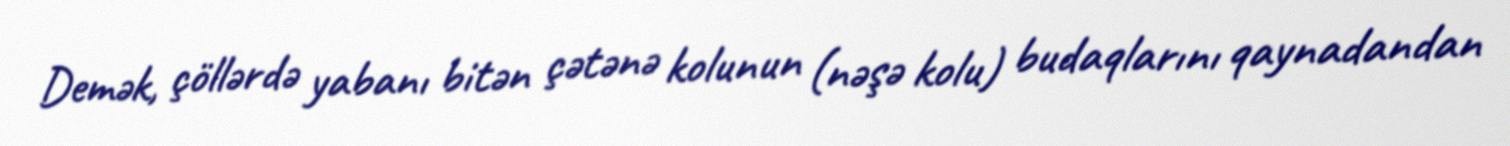
Demək, çöllərdə yabanı bitən çətənə kolunun (nəşə kolu) budaqlarını qaynadandan